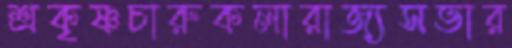
শ্রকৃষ্ণচারুকলারাজ্যসভার